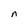
Character: n